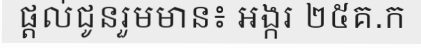
ផ្តល់ជូនរួមមាន៖ អង្ករ ២៥គ.ក